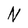
Character: N